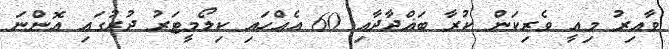
ވާއިރު މިއީ ވެރިކަން ކުރާ ބަޣްދާދާއި 60 އެއްހައި ކިލޯމީޓަރު ދުރުގައި އޮންނަ